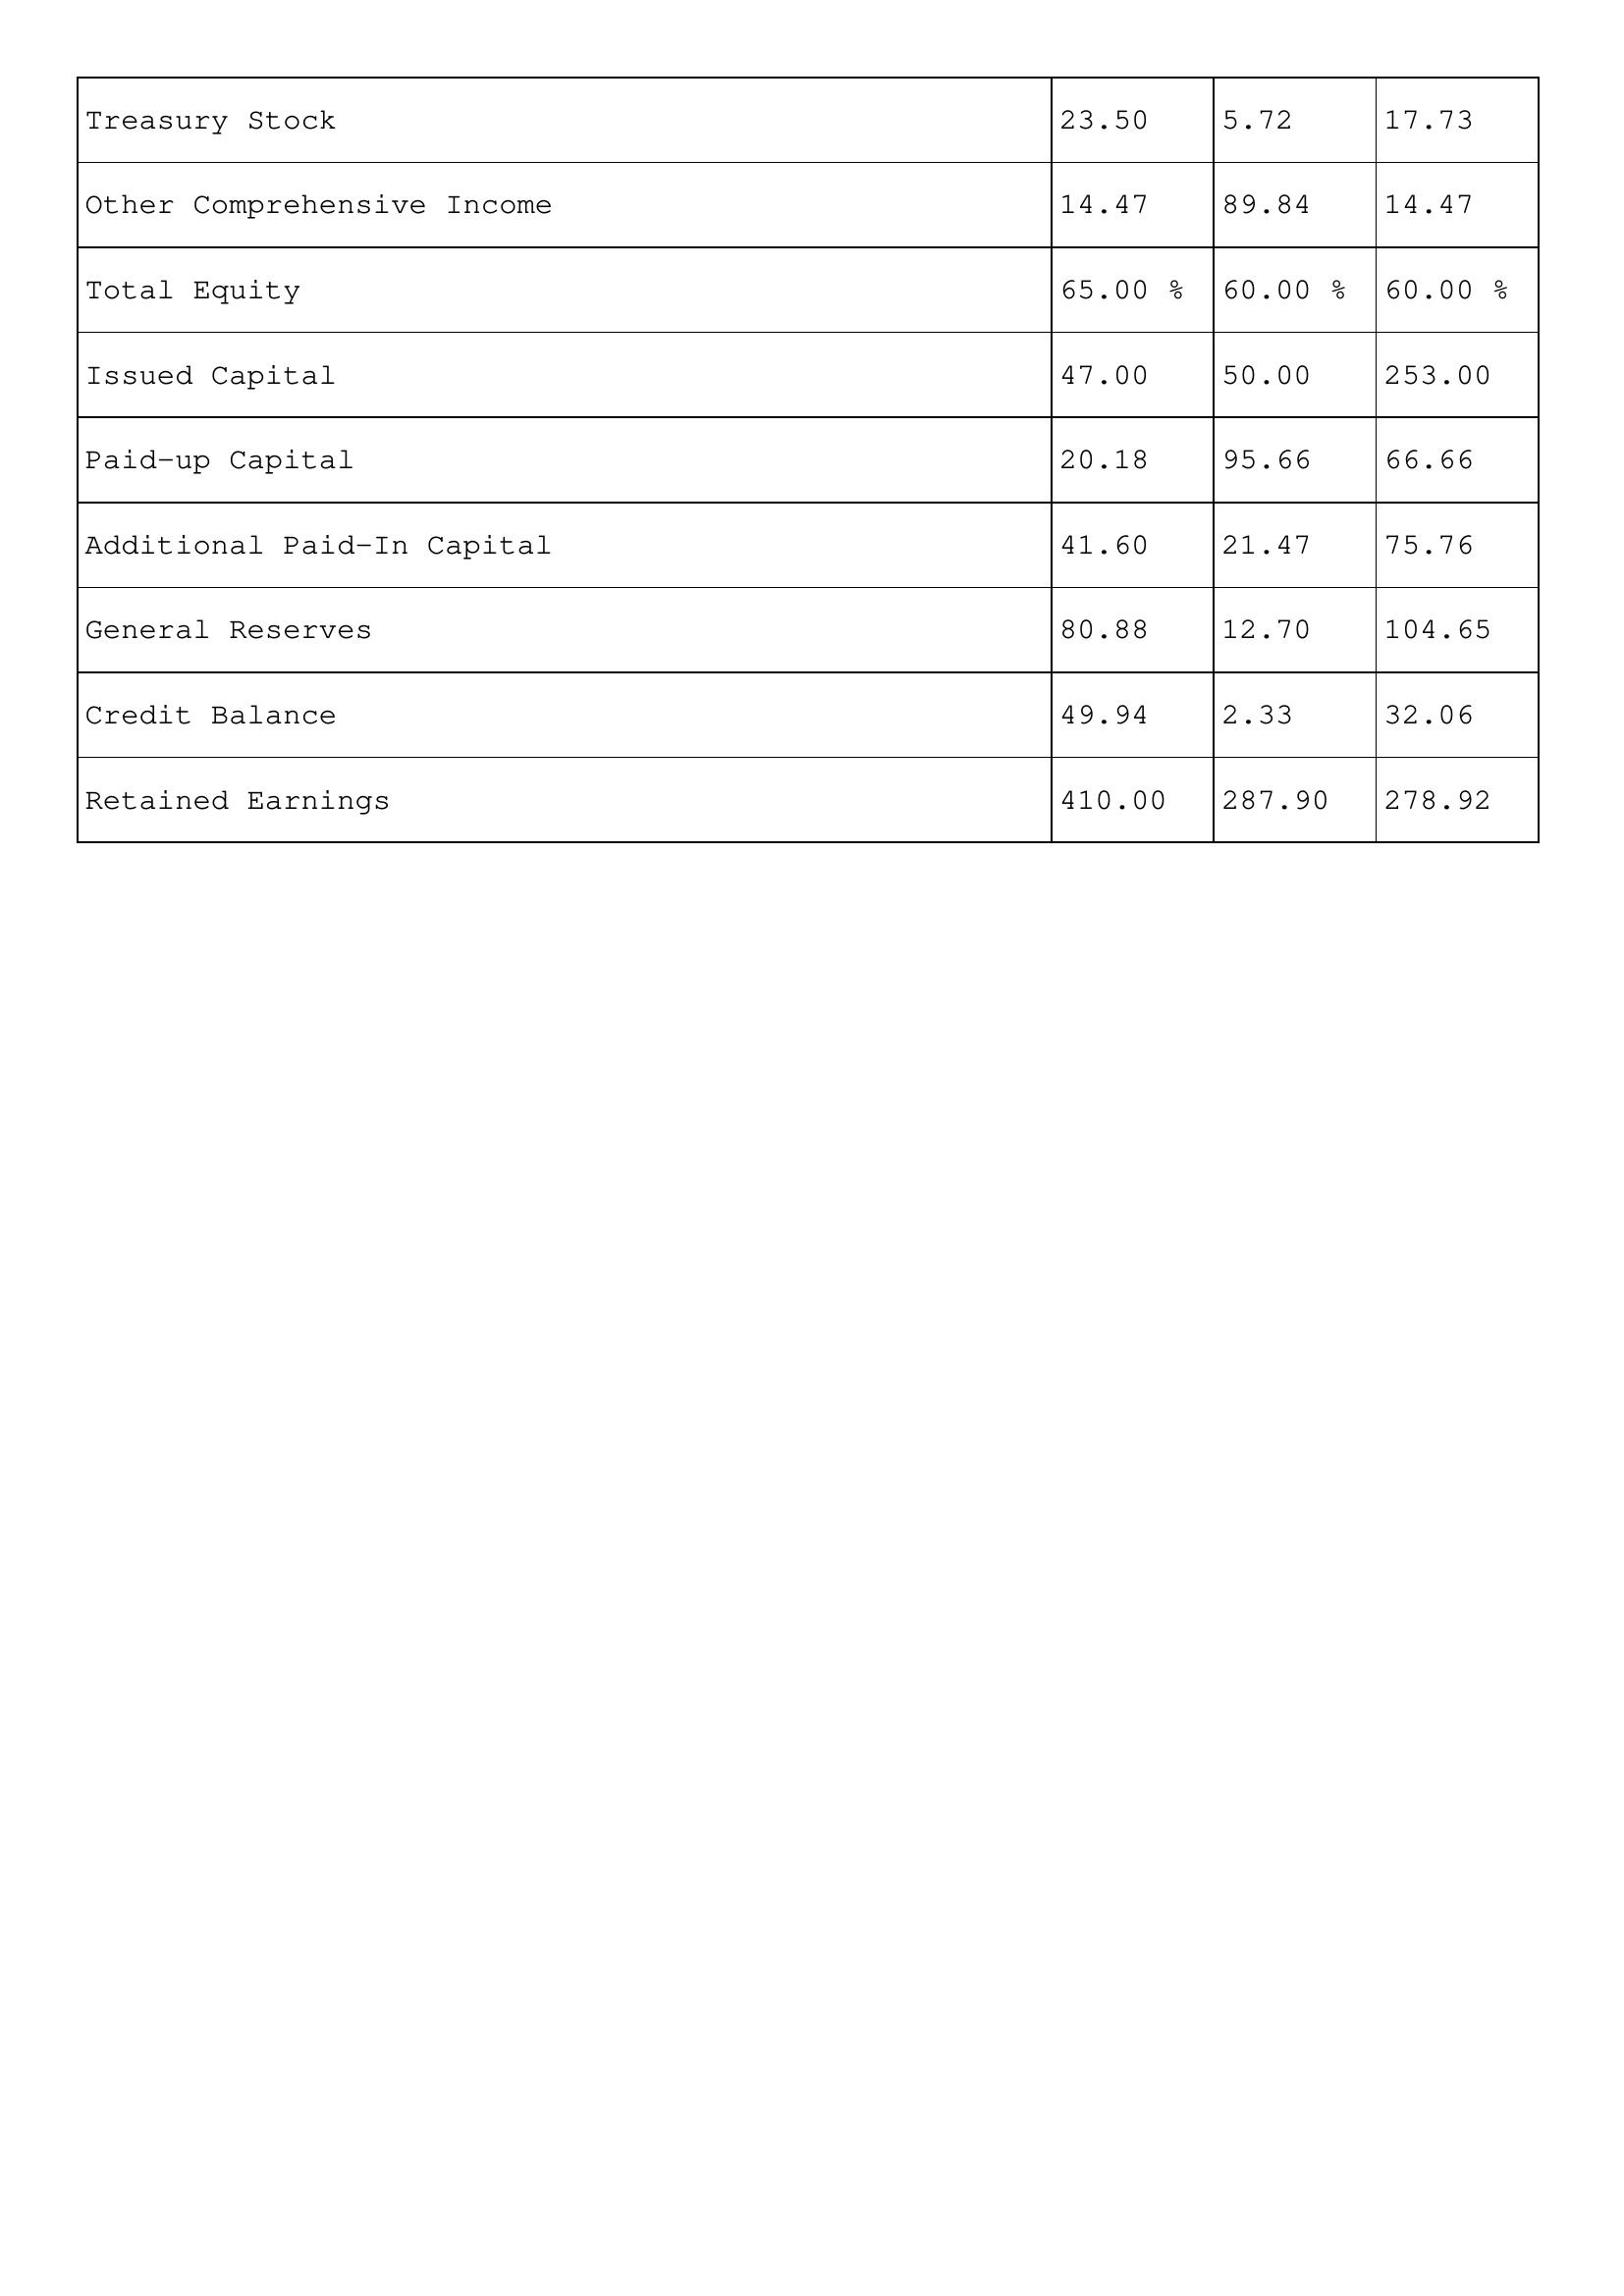
gt_parse: 2007: Treasury Stock: 23.50
Other Comprehensive Income: 14.47
Total Equity: 65.00 %
Issued Capital: 47.00
Paid-up Capital: 20.18
Additional Paid-In Capital: 41.60
General Reserves: 80.88
Credit Balance: 49.94
Retained Earnings: 410.00
2006: Treasury Stock: 5.72
Other Comprehensive Income: 89.84
Total Equity: 60.00 %
Issued Capital: 50.00
Paid-up Capital: 95.66
Additional Paid-In Capital: 21.47
General Reserves: 12.70
Credit Balance: 2.33
Retained Earnings: 287.90
2005: Treasury Stock: 17.73
Other Comprehensive Income: 14.47
Total Equity: 60.00 %
Issued Capital: 253.00
Paid-up Capital: 66.66
Additional Paid-In Capital: 75.76
General Reserves: 104.65
Credit Balance: 32.06
Retained Earnings: 278.92